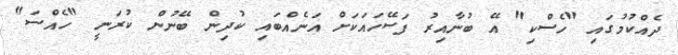
ދެއްކުމުގައި "ހެސްކި" އޭ ބުނާއިރު ފަސޭހައަކަށް އަނެއްބައި ކުދިން ބޭނުން ކުރަނީ "ހެއްސަ"